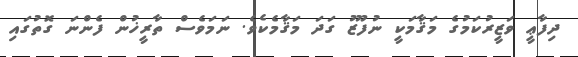
ދިފާޢީ ވަޒީރުކަމުގެ މަޤާމަކީ ނުފޫޒު ގަދަ މަޤާމެކެވެ. ނަމަވެސް ތާރީޚުން ފެންނަ ގޮތުގައި